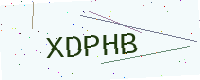
Text: XDPHB